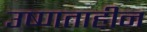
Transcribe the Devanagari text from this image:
उष्णताहीन